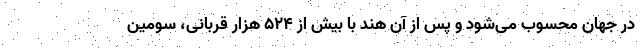
در جهان محسوب می‌شود و پس از آن هند با بیش از ۵۲۴ هزار قربانی، سومین